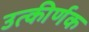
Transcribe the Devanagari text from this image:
उत्कीर्णक